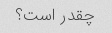
چقدر است؟